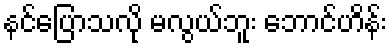
နင်ပြောသလို မလွယ်ဘူး ဘောင်ဟိန်း